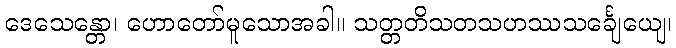
ဒေသေန္တော၊ ဟောတော်မူသောအခါ။ သတ္တတိသတသဟဿသင်္ချေယျေ၊